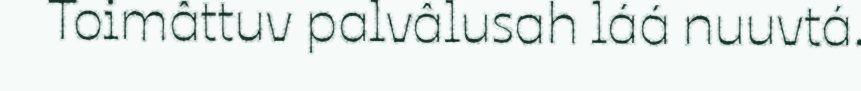
Toimâttuv palvâlusah láá nuuvtá.